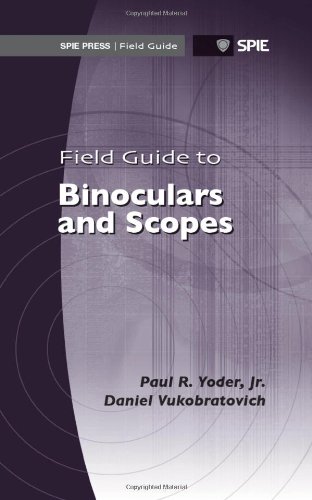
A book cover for Field Guide to Binoculars and Scopes (SPIE Field Guide Vol. FG19) (Apie Field Guides); Paul R. Yoder Jr.; Science & Math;